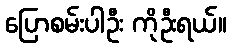
ပြောစမ်းပါဦး ကိုဦးရယ်။